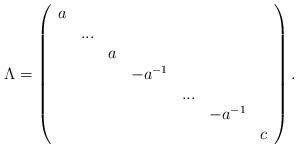
LaTeX: \begin{align*}\Lambda=\left( \begin{array}{ccccccc} a & & & & & & \\ & ... & & & & & \\ & & a & & & & \\ & & & -a^{-1} & & & \\ & & & & ... & & \\ & & & & & -a^{-1} & \\ & & & & & & c \\ \end{array} \right).\end{align*}